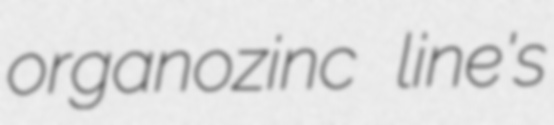
organozinc line's